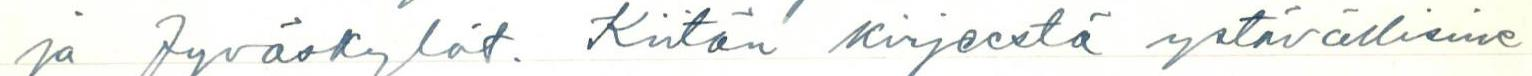
ja Jyväskylät. Kiitän kirjeestä ystävällisine